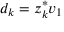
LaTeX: d _ { k } = z _ { k } ^ { * } v _ { 1 }